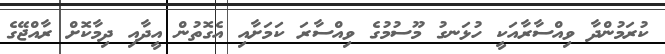
ކުރަމުންދާ ވިއްސާރާއަކީ ހުޅަނގު މޫސުމުގެ ވިއްސާރަ ކަމަށާއި އެގޮތުން އީދާއި ދިމާކޮށް ރާއްޖޭގެ